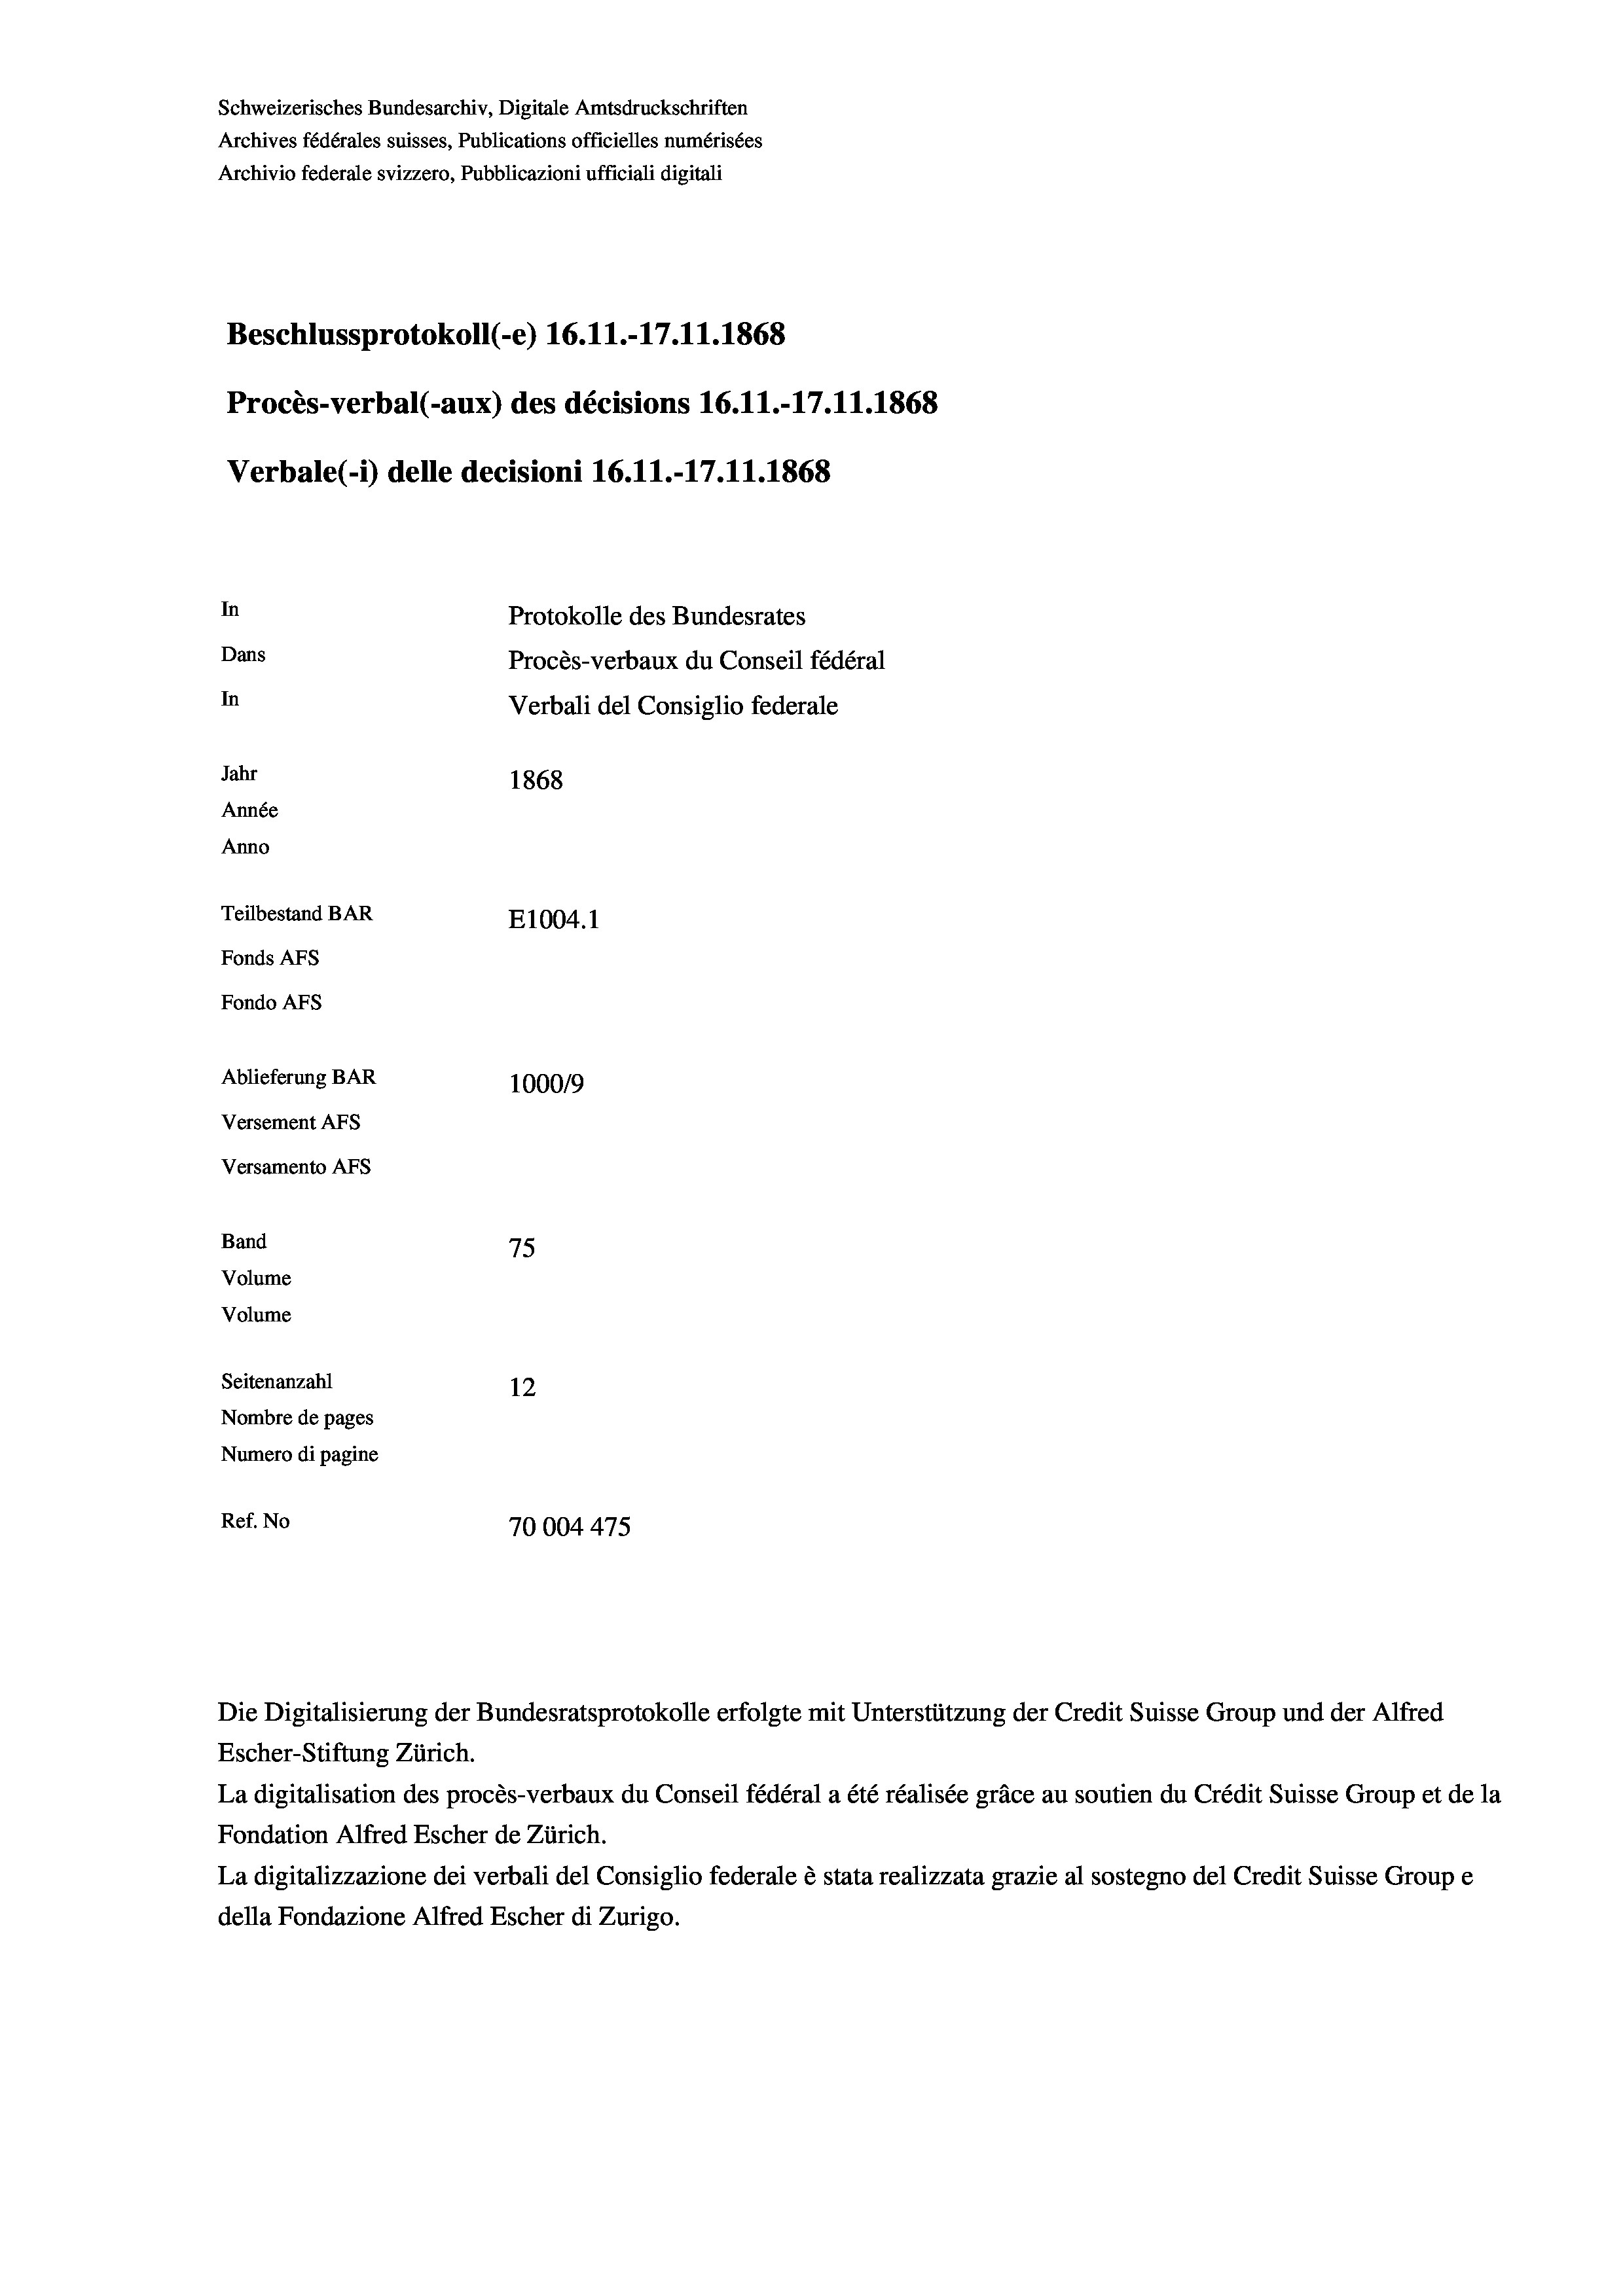
Schweizerisches Bundesarchiv, Digitale Amtsdruckschriften
Archives fédérales suisses, Publications officielles numérisées
Archivio federale svizzero, Pubblicazioni ufficiali digitali
Beschlussprotokoll (-e) 16.11.-17.11.1868
Procès-verbal (-aux) des décisions 16.11.-17.11.1868
Verbale(-*) delle decisioni 16.11.-17.11.1868
In
Protokolle des Bundesrates
Dans
Procès-verbaux du Conseil fédéral
In
Verbali del Consiglio federale
Jahr
1868
Année
Anno
Teilbestand BAR
E1004. 1
Fonds AFs
Fondo Afs
Ablieferung BAR
100019
Versement AFs
Versamento Afs
Band
75
Volume
Volume

Seitenanzahl
12
Nombre de pages
Numero di pagine
Ref. No
70004 475

Die Digitalisierung der Bundesratsprotokolle erfolgte mit Unterstützung der Credit Suisse Group und der Alfred
Escher-Stiftung Zürich.
La digitalisation des procès-verbaux du Conseil fédéral a été réalisée gräce au soutien du Crédit Suisse Group et de la
Fondation Alfred Escher de Zürich.
La digitalizzazione dei verbali del Consiglio federale è stata realizzata grazie al sostegno del Credit Suisse Groupe
della Fondazione Alfred Escher di Zurigo.